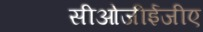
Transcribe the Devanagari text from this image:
सीओजीईजीए